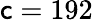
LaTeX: \mathsf{c}=192